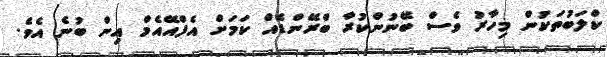
ކްލަބުތަކުން މިހާރު ވެސް ބޭނުންކުރާ ބްރޭންޑެއް ކަމަށް އެފްއޭއެމް އިން ބުނެ އެވެ.